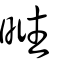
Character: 暀